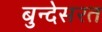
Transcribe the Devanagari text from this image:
बुन्देसरत